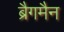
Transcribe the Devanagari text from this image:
ब्रैगमैन